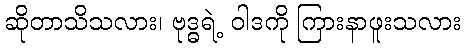
ဆိုတာသိသလား၊ ဗုဒ္ဓရဲ့ ဝါဒကို ကြားနာဖူးသလား